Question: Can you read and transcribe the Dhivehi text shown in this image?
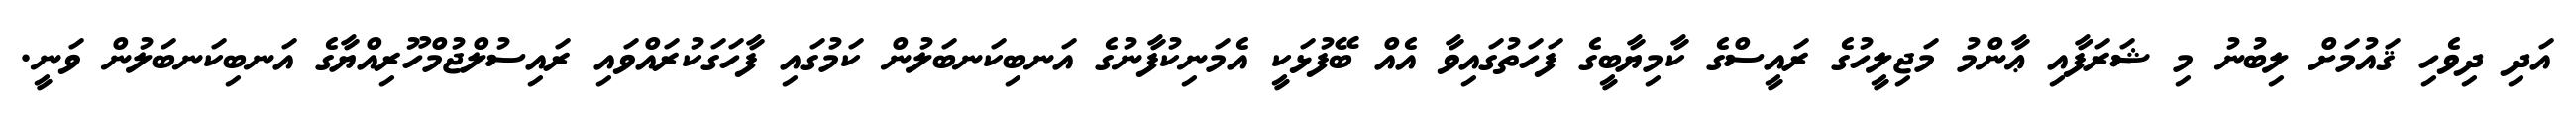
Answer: އަދި ދިވެހި ޤައުމަށް ލިބުނު މި ޝަރަފާއި ޢާންމު މަޖިލީހުގެ ރައީސްގެ ކާމިޔާބީގެ ފަހަތުގައިވާ އެއް ބޭފުޅަކީ އެމަނިކުފާނުގެ އަނބިކަނބަލުން ކަމުގައި ފާހަގަކުރައްވައި ރައިސުލްޖުމްހޫރިއްޔާގެ އަނބިކަނބަލުން ވަނީ.